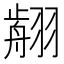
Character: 𦑳